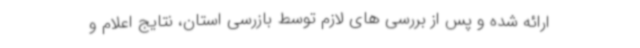
ارائه شده و پس از بررسی های لازم توسط بازرسی استان، نتایج اعلام و